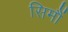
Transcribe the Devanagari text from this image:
सिमौं